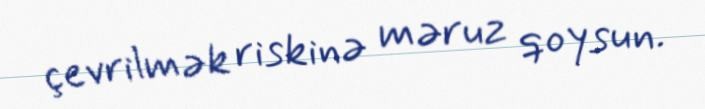
çevrilmək riskinə məruz qoysun.